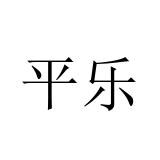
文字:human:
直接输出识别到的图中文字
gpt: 平乐